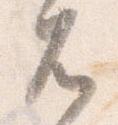
兀